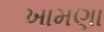
ખામણા